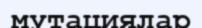
мутациялар